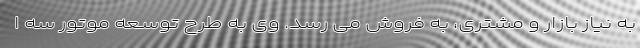
به نیاز بازار و مشتری، به فروش می رسد. وی به طرح توسعه موتور سه ا